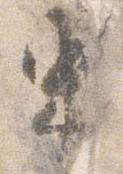
束